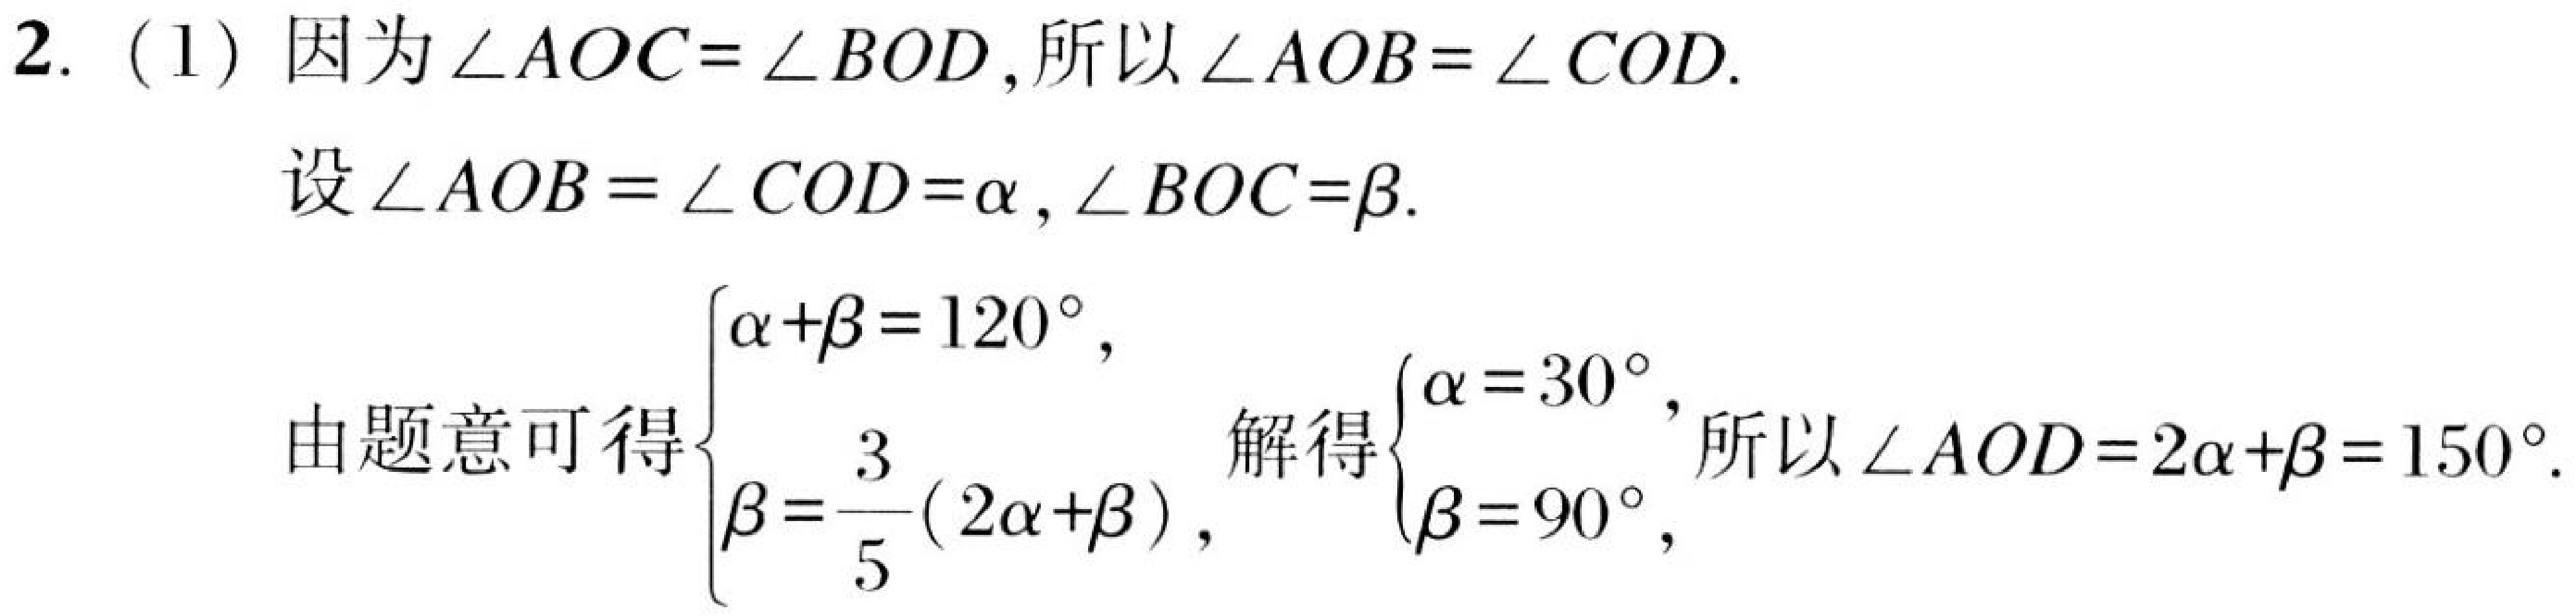
2. (1) 因为\(\angle AOC = \angle BOD\), 所以\(\angle AOB=\angle COD\).
设\(\angle AOB=\angle COD=\alpha\), \(\angle BOC = \beta\).
由题意可得\(\begin{cases}\alpha+\beta = 120^{\circ},\\\beta=\frac{3}{5}(2\alpha+\beta),\end{cases}\) 解得\(\begin{cases}\alpha = 30^{\circ},\\\beta = 90^{\circ},\end{cases}\) 所以\(\angle AOD=2\alpha+\beta = 150^{\circ}\).